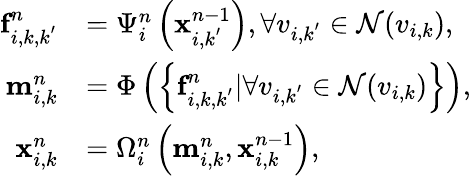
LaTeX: \begin{array}{rl}{\textbf{f}_{i,k,k^{'}}^{n}}&{=\Psi_{i}^{n}\left(\textbf{x}_{i,k^{'}}^{n-1}\right),\forall v_{i,k^{'}}\in\mathcal{N}(v_{i,k}),}\\ {\textbf{m}_{i,k}^{n}}&{=\Phi\left(\left\{ \textbf{f}_{i,k,k^{'}}^{n}|\forall v_{i,k^{'}}\in\mathcal{N}(v_{i,k})\right\} \right),}\\ {\textbf{x}_{i,k}^{n}}&{=\Omega_{i}^{n}\left(\textbf{m}_{i,k}^{n},\textbf{x}_{i,k}^{n-1}\right),}\end{array}